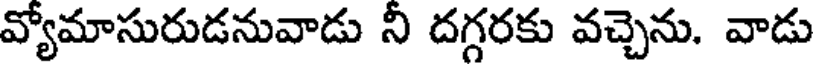
వ్యోమాసురుడనువాడు నీ దగ్గరకు వచ్చెను. వాడు